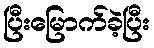
ပြီးမြောက်ခဲ့ပြီး